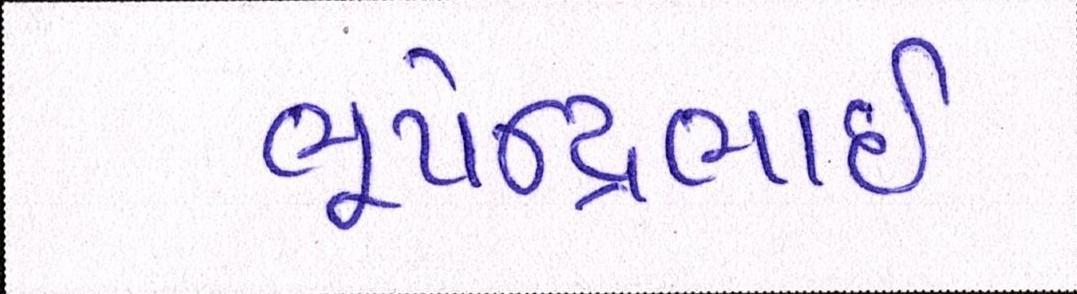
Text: ભૂપેન્દ્રભાઈ